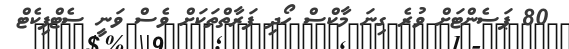
80 ޕަސެންޓަށް ވުރެ ގިނަ މާކްސް ހޯދި ފަރާތްތަކަށް ވެސް ވަނީ ސެޓްފިކެޓް